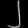
Digit: ၂